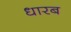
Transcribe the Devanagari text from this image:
धारब